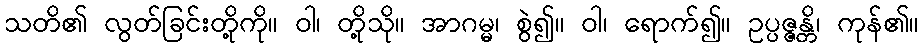
သတိ၏ လွတ်ခြင်းတို့ကို။ ဝါ၊ တို့သို။ အာဂမ္မ၊ စွဲ၍။ ဝါ၊ ရောက်၍။ ဥပ္ပဇ္ဇန္တိ၊ ကုန်၏။